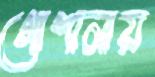
গোশালায়